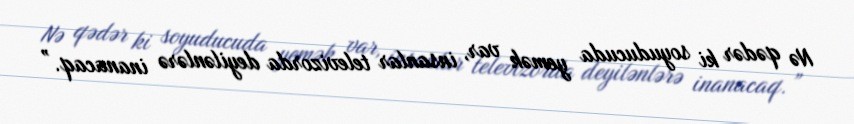
Nə qədər ki soyuducuda yemək var, insanlar televizorda deyilənlərə inanacaq.”